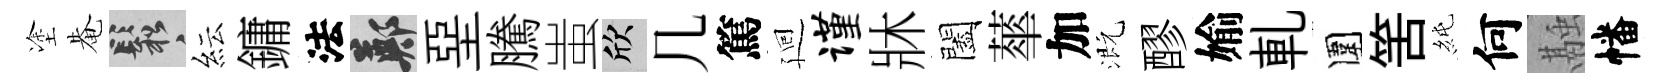
塗𤲅鬆紜鏞法鄭堊騰蚩欣几篤廻谨牀闔蕐加溉醪媮軋圍筈純何融幡